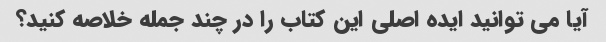
آیا می توانید ایده اصلی این کتاب را در چند جمله خلاصه کنید؟